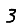
Digit: 3